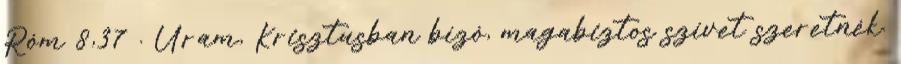
Róm 8,37 . Uram, Krisztusban bízó, magabiztos szívet szeretnék.